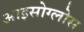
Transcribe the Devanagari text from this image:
आइसोग्लोस